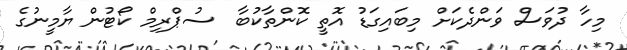
މިހާ ދުވަސް ވަންދެކަށް މިބައިގަޑު އޮތީ ކޮންތާކުބާ  ސުޕްރިމް ކޯޓުން ޔާމީނުގެ